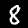
Digit: 8